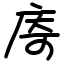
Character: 㢊